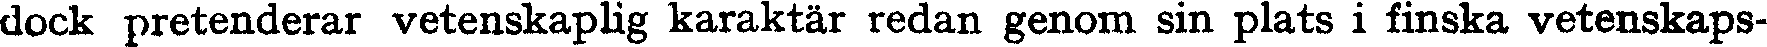
dock pretenderar vetenskaplig karaktär redan genom sin plats i finska vetenskaps-